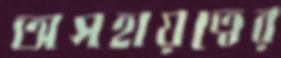
অসহায়ত্বের